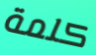
كلمة